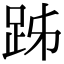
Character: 𧿲